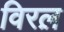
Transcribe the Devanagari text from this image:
विरल़